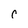
Character: r